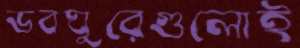
ভবঘুরেগুলোই